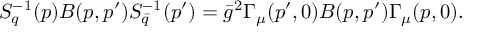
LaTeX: S _ { q } ^ { - 1 } ( p ) B ( p , p ^ { \prime } ) S _ { \bar { q } } ^ { - 1 } ( p ^ { \prime } ) = \bar { g } ^ { 2 } \Gamma _ { \mu } ( p ^ { \prime } , 0 ) B ( p , p ^ { \prime } ) \Gamma _ { \mu } ( p , 0 ) .